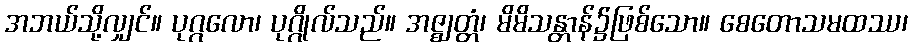
အဘယ်သို့လျှင်။ ပုဂ္ဂလော၊ ပုဂ္ဂိုလ်သည်။ အဇ္ဈတ္တံ၊ မိမိသန္တာန်၌ဖြစ်သော။ စေတောသမထဿ၊